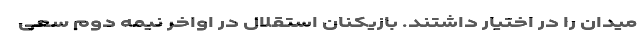
میدان را در اختیار داشتند. بازیکنان استقلال در اواخر نیمه دوم سعی